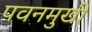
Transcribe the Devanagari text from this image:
पवनमुखी